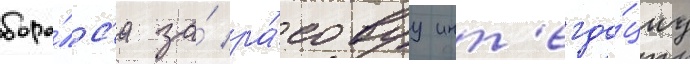
боро́лс'я за́ ра́совуу инт'егра́циу